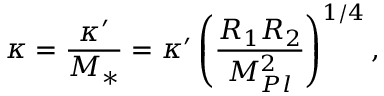
\kappa = \frac { \kappa ^ { \prime } } { M _ { * } } = \kappa ^ { \prime } \left( { \frac { R _ { 1 } R _ { 2 } } { M _ { P l } ^ { 2 } } } \right) ^ { 1 / 4 } ,